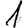
Digit: 1